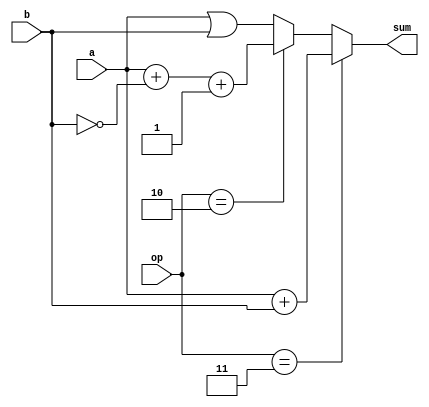
`timescale 1ns/1ps

module ALU (
    input[31:0] a,b,
    input[1:0] op,
    output reg[31:0] sum
);
    always @(*)
    begin
        if(op == 3)
        begin
            sum = a + b;
        end
        else if (op == 2)
        begin
            sum = a + (~b) +1;
        end
        else
        begin
            sum = a | b;
        end
    end
endmodule